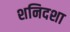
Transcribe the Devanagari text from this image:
शनिदशा